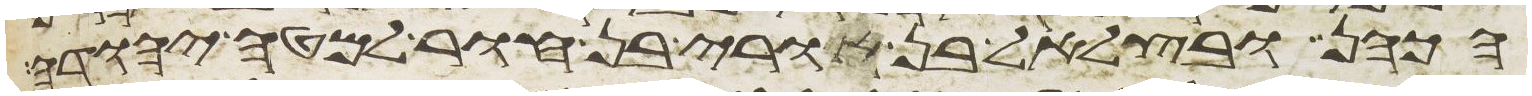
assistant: הכהן ובצלאל בן אורי בן חור למטה יהודה